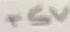
Text: +5V